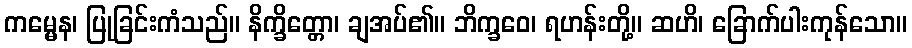
ကမ္မေန၊ ပြုခြင်းကံသည်။ နိက္ခိတ္တော၊ ချအပ်၏။ ဘိက္ခဝေ၊ ရဟန်းတို့။ ဆဟိ၊ ခြောက်ပါးကုန်သော။